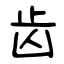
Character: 齿